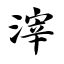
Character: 滓